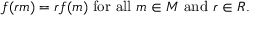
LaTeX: f ( r m ) = r f ( m ) { \mathrm { ~ f o r ~ a l l ~ } } m \in M { \mathrm { ~ a n d ~ } } r \in R .